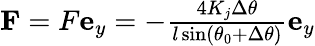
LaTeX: \begin{array}{r}{\mathbf{F}=F\mathbf{e}_{y}=-\frac{4K_{j}\Delta\theta}{l\sin(\theta_{0}+\Delta\theta)}\mathbf{e}_{y}}\end{array}